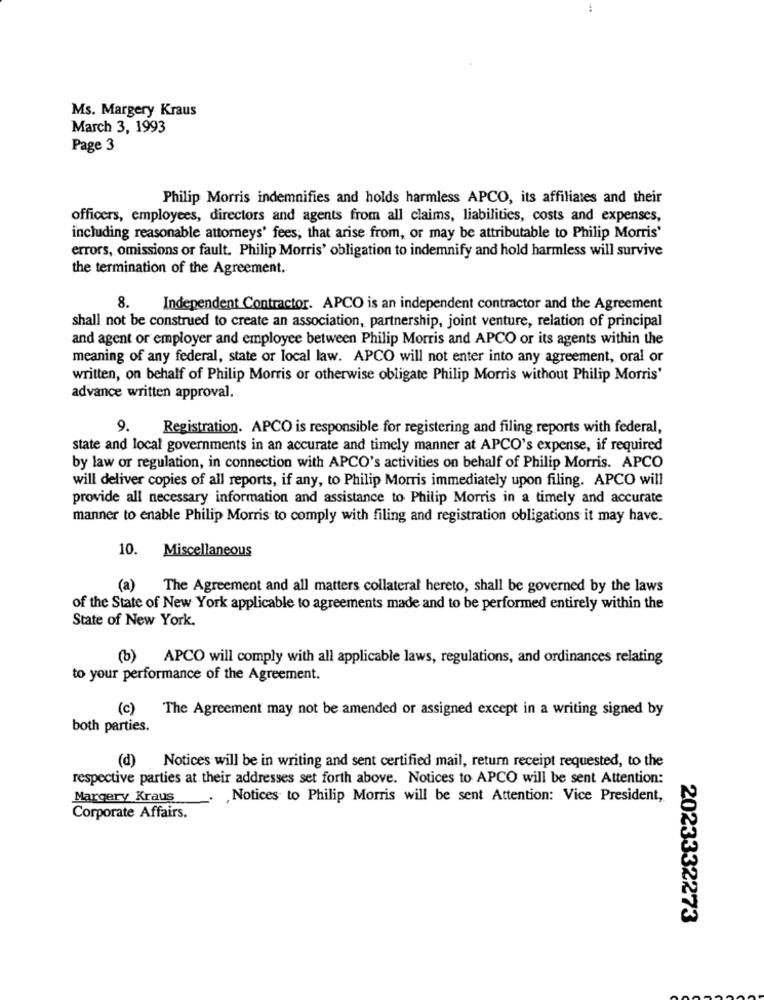
Ms. Margery Kraus
March 3, 1993
Page 3
Philip Morris indemnifies and holds harmless APCO, its affiliates and their
officers, employees, directors and agents from all claims, liabilities, costs and expenses,
including reasonable attorneys' fees; that arise from, or may be attributable to Philip Morris'
errors, omissions or fault. Philip Morris' obligation to indemnify and hold harmless will survive
the termination of the Agreement.
8.
Independent Contractor. APCO is an independent contractor and the Agreement
shall not be construed to create an association, partnership, joint venture, relation of principal
and agent or employer and employee between Philip Morris and APCO or its agents within the
meaning of any federal, state or local law. APCO will not enter into any agreement, oral or
written, on behalf of Philip Morris or otherwise obligate Philip Morris without Philip Morris'
advance written approval.
9.
Registration. APCO is responsible for registering and filing reports with federal,
state and local governments in an accurate and timely manner at APCO's expense, if required
by law or regulation, in connection with APCO's activities on behalf of Philip Morris. APCO
will deliver copies of all reports, if any, to Philip Morris immediately upon filing. APCO will
provide all necessary information and assistance to Philip Morris in a timely and accurate
manner to enable Philip Morris to comply with filing and registration obligations it may have.
10. Miscellaneous
(a) The Agreement and all matters collateral hereto, shall be governed by the laws
of the State of New York applicable to agreements made and to be performed entirely within the
State of New York.
(b) APCO will comply with all applicable laws, regulations, and ordinances relating
to your performance of the Agreement.
The Agreement may not be amended or assigned except in a writing signed by
both parties.
(d) Notices will be in writing and sent certified mail, return receipt requested, to the
respective parties at their addresses set forth above. Notices to APCO will be sent Attention:
Margery Kraus
,Notices to Philip Morris will be sent Attention: Vice President,
Corporate Affairs.
2023332273